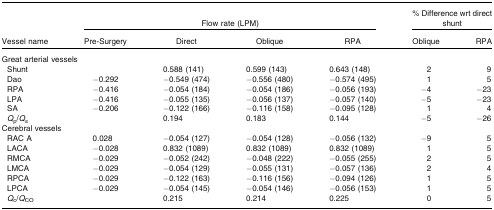
| <ROWSPAN=2> Vessel name | <COLSPAN=4> Flow rate (LPM) | <COLSPAN=2> % Difference wrt direct shunt |
 | Pre-Surgery | Direct | Oblique | RPA | Oblique | RPA |
 | --- | --- | --- | --- | --- | --- | --- |
 | <COLSPAN=7> Great arterial vessels |
 | Shunt |  | 0.588 (141) | 0.599 (143) | 0.643 (148) | 2 | 9 |
 | Dao | −0.292 | −0.549 (474) | −0.556 (480) | −0.574 (495) | 1 | 5 |
 | RPA | −0.416 | −0.054 (184) | −0.054 (186) | −0.056 (193) | −4 | −23 |
 | LPA | −0.416 | −0.055 (135) | −0.056 (137) | −0.057 (140) | −5 | −23 |
 | SA | −0.206 | −0.122 (166) | −0.116 (158) | −0.095 (128) | 1 | 4 |
 | Qp/Qs |  | 0.194 | 0.183 | 0.144 | −5 | −26 |
 | <COLSPAN=7> Cerebral vessels |
 | RAC A | 0.028 | −0.054 (127) | −0.054 (128) | −0.056 (132) | −9 | 5 |
 | LACA | −0.028 | 0.832 (1089) | 0.832 (1089) | 0.832 (1089) | 1 | 5 |
 | RMCA | −0.029 | −0.052 (242) | −0.048 (222) | −0.055 (255) | 2 | 5 |
 | LMCA | −0.029 | −0.054 (129) | −0.055 (131) | −0.057 (136) | 2 | 4 |
 | RPCA | −0.029 | −0.122 (163) | −0.116 (156) | −0.094 (126) | 1 | 5 |
 | LPCA | −0.029 | −0.054 (145) | −0.054 (146) | −0.056 (153) | 1 | 5 |
 | Qc/QCO |  | 0.215 | 0.214 | 0.225 | 0 | 5 |